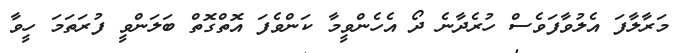
މަރާލާފަ އެލުވާފަވެސް ހުރެދާނެ ދޯ އެހެންވީމާ ކަންވެފަ އޮތްގޮތް ބަލަންވީ ފުރަތަމަ ހީވާ